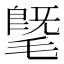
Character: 𣯦